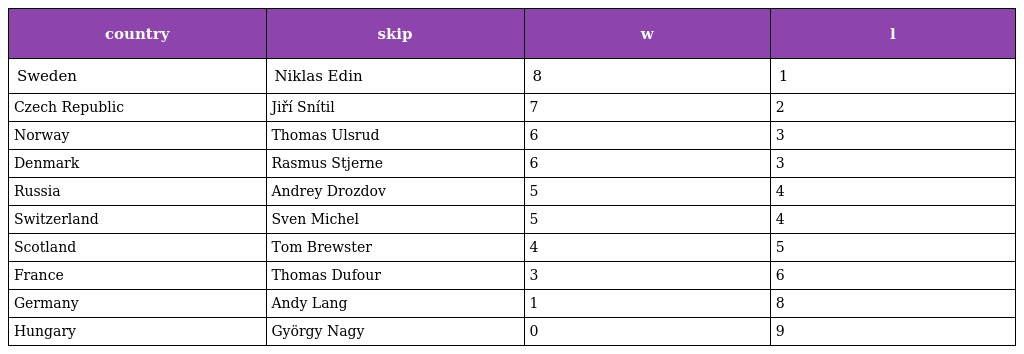
| country | skip | w | l |
 | --- | --- | --- | --- |
 | Sweden | Niklas Edin | 8 | 1 |
 | Czech Republic | Jiří Snítil | 7 | 2 |
 | Norway | Thomas Ulsrud | 6 | 3 |
 | Denmark | Rasmus Stjerne | 6 | 3 |
 | Russia | Andrey Drozdov | 5 | 4 |
 | Switzerland | Sven Michel | 5 | 4 |
 | Scotland | Tom Brewster | 4 | 5 |
 | France | Thomas Dufour | 3 | 6 |
 | Germany | Andy Lang | 1 | 8 |
 | Hungary | György Nagy | 0 | 9 |